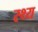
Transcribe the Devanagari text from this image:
स्थ्य